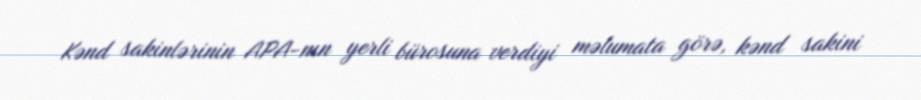
Kənd sakinlərinin APA-nın yerli bürosuna verdiyi məlumata görə, kənd sakini